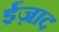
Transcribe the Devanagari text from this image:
ईज़ाद